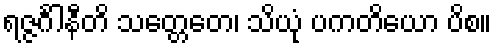
ရဇ္ဇင်္ဂါနီတိ သတ္တေတေ၊ သိယုံ ပကတိယော ပိစ။